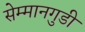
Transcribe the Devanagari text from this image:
सेम्मानगुडी